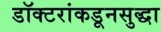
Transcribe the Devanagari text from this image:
डॉक्टरांकडूनसुद्धा